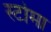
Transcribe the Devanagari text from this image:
स्टोमा